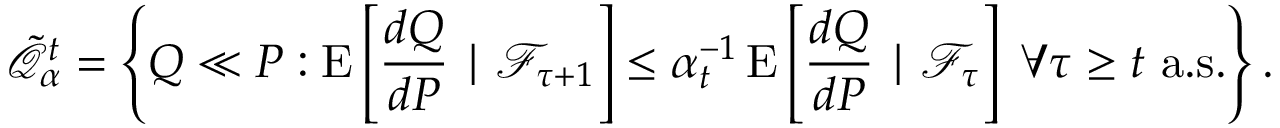
{ \tilde { \mathcal { Q } } } _ { \alpha } ^ { t } = \left\{ Q \ll P : \operatorname { E } \left[ { \frac { d Q } { d P } } \mid { \mathcal { F } } _ { \tau + 1 } \right] \leq \alpha _ { t } ^ { - 1 } \operatorname { E } \left[ { \frac { d Q } { d P } } \mid { \mathcal { F } } _ { \tau } \right] \; \forall \tau \geq t { \mathrm { ~ a . s . } } \right\} .